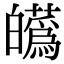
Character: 𤾸